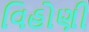
વિહોણી